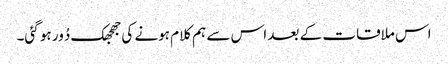
اس ملاقات کے بعد اس سے ہم کلام ہونے کی جھجھک دُور ہو گئی۔